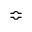
\Bumpeq